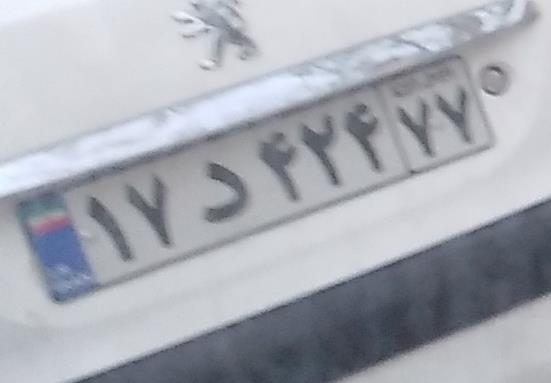
۱۷د۴۲۴۷۷